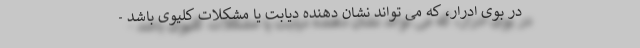
در بوی ادرار، که می تواند نشان دهنده دیابت یا مشکلات کلیوی باشد -